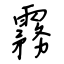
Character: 霧